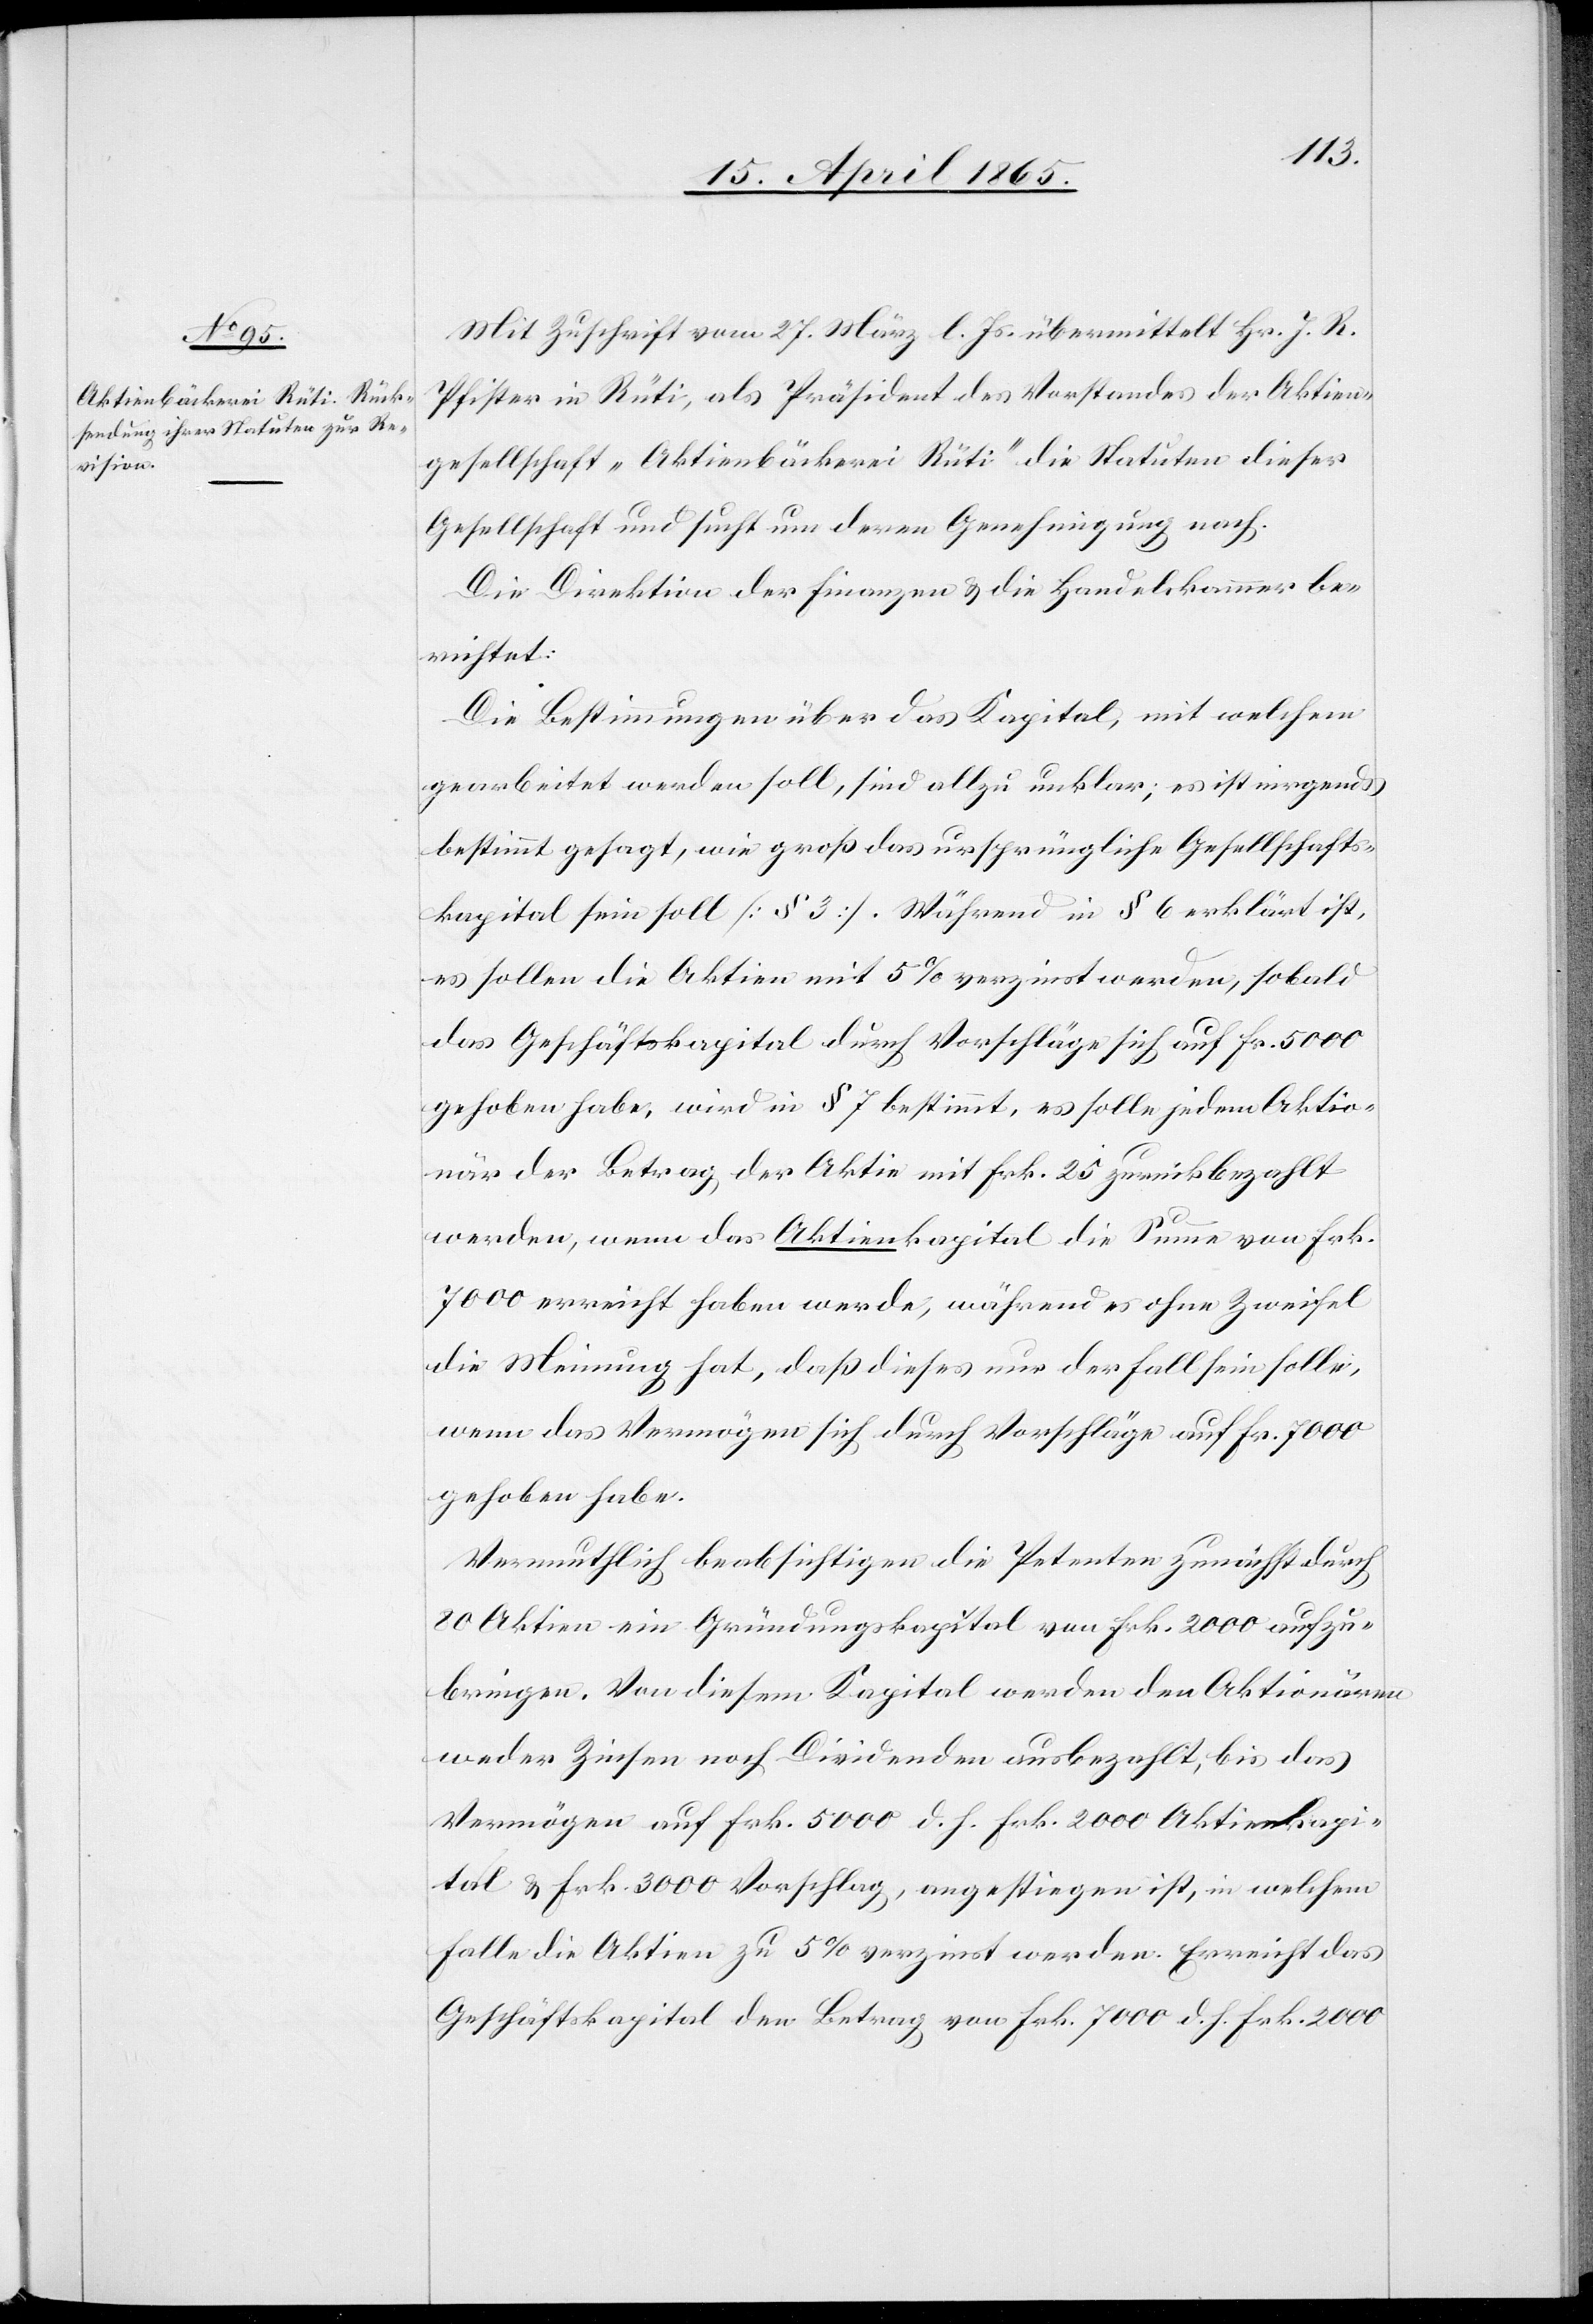
Mit Zuschrift vom 27. März l. Js. übermittelt Hr. J. R.
Pfister in Rüti, als Präsident des Vorstandes der Aktien¬
gesellschaft „Aktienbäckerei Rüti“ die Statuten dieser
Gesellschaft und sucht um deren Genehmigung nach.
Die Direktion der Finanzen & die Handelskammer be¬
richtet:
Die Bestimmungen über das Kapital, mit welchem
gearbeitet werden soll, sind allzu unklar; es ist nirgends
bestimmt gesagt, wie groß das ursprüngliche Gesellschafts¬
kapital sein soll [§ 3]. Während in § 6 erklärt ist,
es sollen die Aktien mit 5 % verzinst werden, sobald
das Geschäftskapital durch Vorschläge sich auf Fr. 5000
gehoben habe, wird in § 7 bestimmt, es solle jedem Aktio¬
när der Betrag der Aktie mit Frk. 25 zurückbezahlt
werden, wenn das Aktienkapital die Summe von Frk.
7000 erreicht haben werde, während es ohne Zweifel
die Meinung hat, daß dieses nur der Fall sein solle,
wenn das Vermögen sich durch Vorschläge auf Fr. 7000
gehoben habe.
Vermuthlich beabsichtigen die Petenten zunächst durch
80 Aktien ein Gründungskapital von Frk. 2000 aufzu¬
bringen. Von diesem Kapital werden den Aktionären
weder Zinsen noch Dividenden ausbezahlt, bis das
Vermögen auf Frk. 5000 d. h. Frk. 2000 Aktienkapi¬
tal & Frk. 3000 Vorschlag, angestiegen ist, in welchem
Falle die Aktien zu 5 % verzinst werden. Erreicht das
Geschäftskapital den Betrag von Frk. 7000 d. h. Frk. 2000